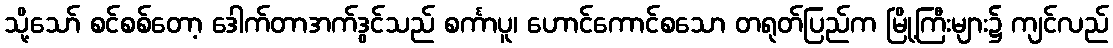
သို့သော် စင်စစ်တော့ ဒေါက်တာအက်ဒွင်သည် စင်္ကာပူ၊ ဟောင်ကောင်စသော တရုတ်ပြည်က မြို့ကြီးများ၌ ကျင်လည်